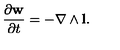
\frac { \partial { \bf w } } { \partial t } = - \nabla \wedge { \bf l } .